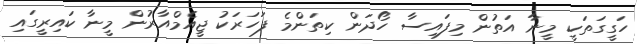
ހަގީގަތަކީ މީނާ އަތުން މިފައިސާ ހޯދަން ކިތަންމެ ފަހަރަކު ޖީއެމްއާރުން މީނާ ކައިރީގައި